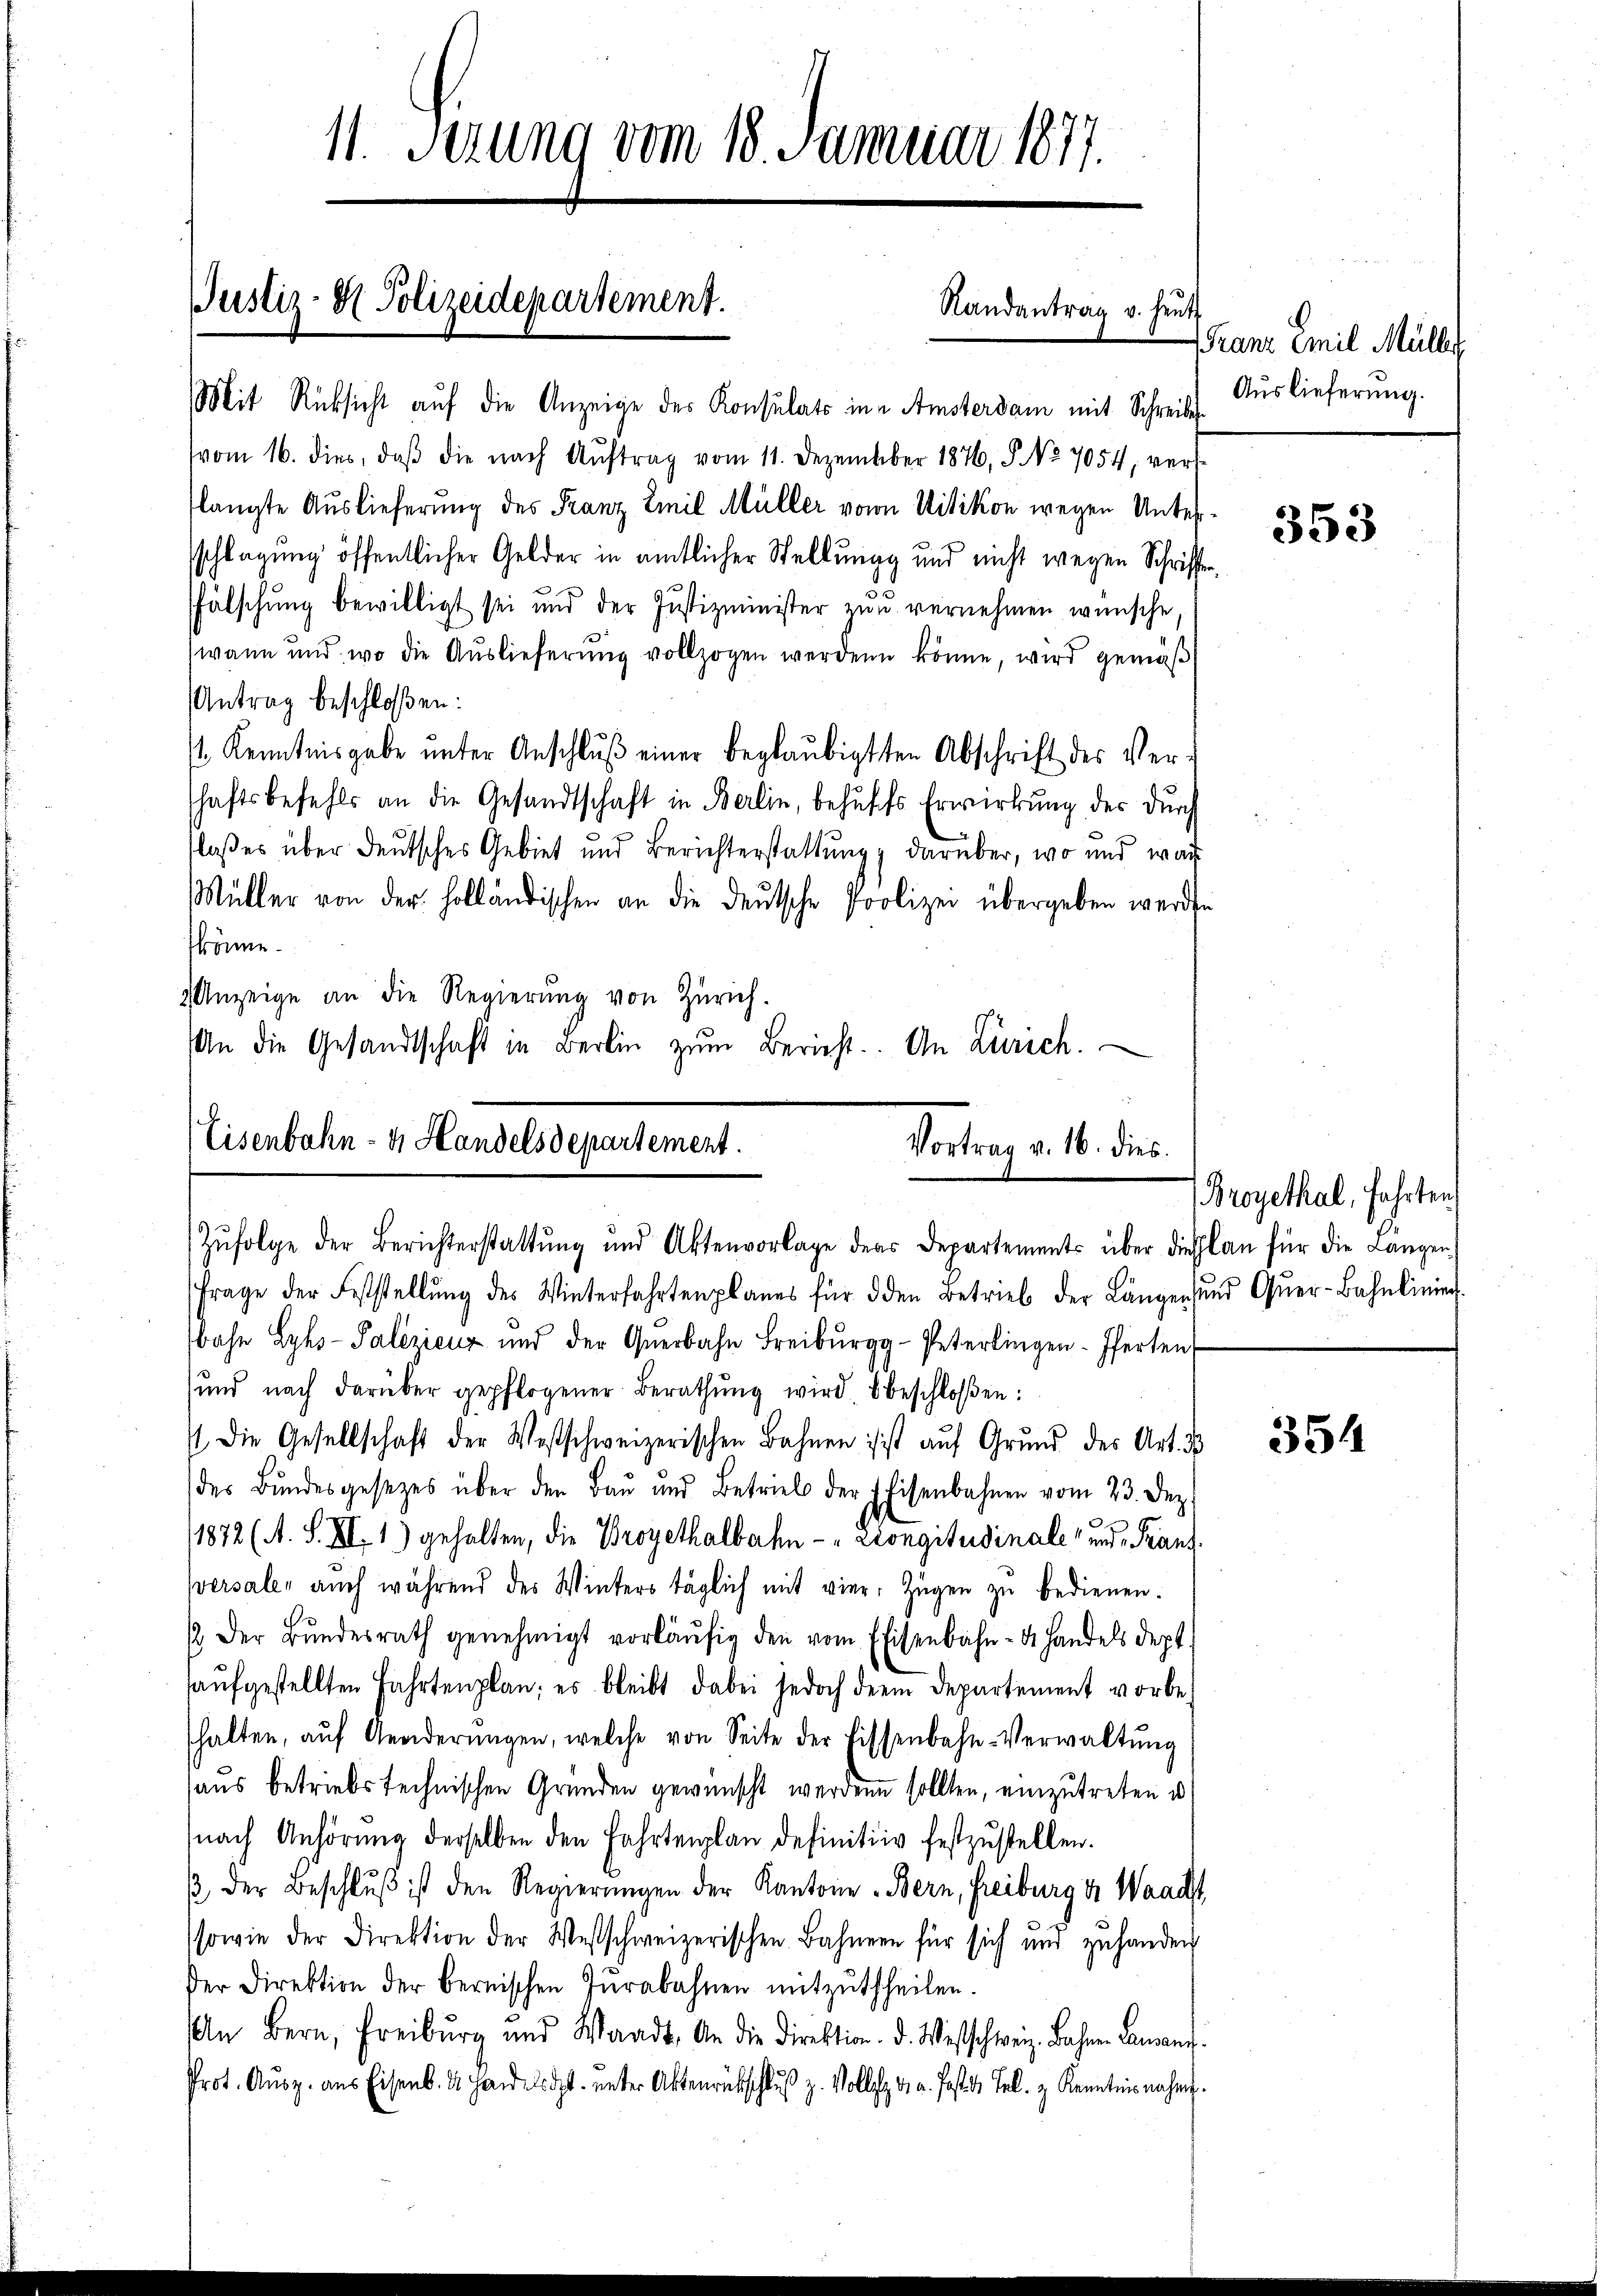
11. Sezung vom 18. Januar 1877.

Justiz- H. Polizeidepartement.
Randantrag v. heut
Mit Rücksicht auf die Anzeige des Konsulats in Amsterdam mit Schreibe

vom 16. dies, daβ die nach Aŭftrag vom 11. Dezember 1876, S. No. 7054, verslangte Auslieferung des Franz Emil Müller von Uitikon wegen Untersschlagung öffentlicher Gelder in amtlicher Stellung und nicht wegen Schriften
fälschung bewilligt sei und der Justizminister zŭ vernehmen wünsche.
wann und, wo die Auslieferung vollzogen werden könne, wird gemäß
Antrag beschloßen:
t Kenntnisgabe ŭnter Anschlŭβ einer beglaubigten Abschrift des Ver-
shaftsbefehls an die Gesandtschaft in Berlin, behŭfs Erwirkung des dŭrch
laßes über deutsches Gebiet und Berichterstattung, darüber, wo und war
Müller von der holländischen an die deutsche Poolizei übergeben werden
könne.
 Anzeige an die Regierŭng von Zürich.
An die Gesandtschaft in Berlin zŭm Bericht. An Zürich.

Eisenbahn- & Handelsdepartement.
Vortrag v. 16. dies.
Zŭfolge der Berichterstattŭng und Aktenvorlage ders Departements über dieslan für die Längen

Frage der Feststellŭng des Winterfahrtenplanes für den Betrieb der Längen und Qŭer-Bahnlinier
bahn Lyhs- Palezicur und der Qŭerbahn Freibŭrgg-Peterlingen-Pferten
ŭnd nach darüber gepflogener Berathŭng wird beschloßen:
s die Gesellschaft der Westschweizerischen Bahnen ist aŭf Grŭnd des Art. d
des Bŭndesgesetzes über den Baŭ und Betrieb der Eisenbahnen vom 23. Dez
(1872 (A. S. XI. 1) gehalten, die Brogethalbahn - Liongitudinale und Franz
ersale aŭch während des Winters täglich mit vier Zügen zŭ bedienen.
/ der Bŭndesrath genehmigt vorläŭfig den vom Eisenbahn- u. Handels dept.
haŭfgestellten Fahrtenplan, es bleibt dabei jedoch dem Departement vorbe-
halten, aŭf Aenderŭngen, welche von Seite der bissenbahn-Verwaltŭng
aus betriebstechnischen Gründen gewünscht werden sollten, einzutreten u.
nach Anhörung derselben den Fahrtenplan definitiv festzustellen.
β der Beschlŭβ ist den Regierŭngen der Kantone „Bern, Freiburg i. Waadt,
sowie der Direktion der Westschweizerischen Bahnern für sich und zuhander
der Direktion der bernischen Jŭrabahnen mitzŭtheilen.
In Bern, Freiburg und Waadt, An die Direktion. d. Westschweiz. Bahnen Landang
Prot. Ausg. aus Eisenb. d. Handelsdt. unter Aktenrückschluß z. Vollst v. a. fastete Tel. z. Kenntnis nahm.

Franz Emil Müller
Auslieferung.

353

Broyethal, fahrten

354